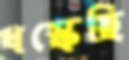
ধস্‌কেছি